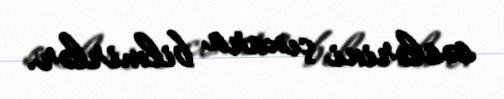
səslərini çıxara bilmirlər.